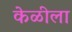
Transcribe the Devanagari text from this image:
केळीला